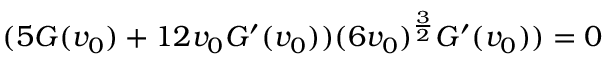
( 5 G ( v _ { 0 } ) + 1 2 v _ { 0 } G ^ { \prime } ( v _ { 0 } ) ) ( 6 v _ { 0 } ) ^ { \frac { 3 } { 2 } } G ^ { \prime } ( v _ { 0 } ) ) = 0